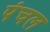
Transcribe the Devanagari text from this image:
पंचल